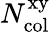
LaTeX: N_{\mathrm{col}}^{\mathrm{xy}}